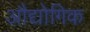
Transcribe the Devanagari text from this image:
अौद्योगिक